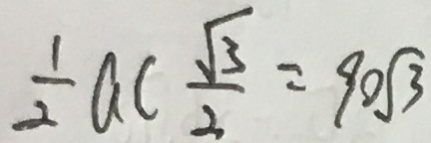
\frac { 1 } { 2 } a c \frac { \sqrt { 3 } } { 3 } = 9 0 \sqrt { 3 }